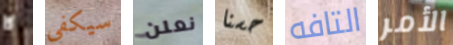
لا سيكفي نعلن حسنا التافه الأمر